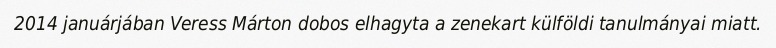
2014 januárjában Veress Márton dobos elhagyta a zenekart külföldi tanulmányai miatt.